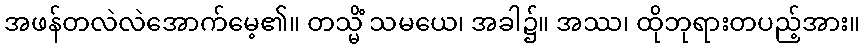
အဖန်တလဲလဲအောက်မေ့၏။ တသ္မိံ သမယေ၊ အခါ၌။ အဿ၊ ထိုဘုရားတပည့်အား။